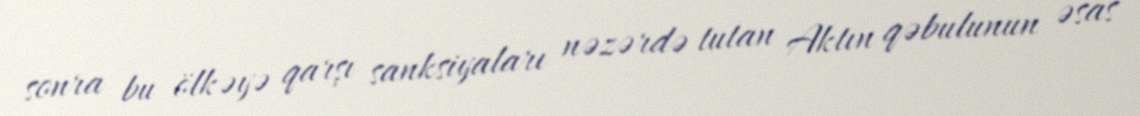
sonra bu ölkəyə qarşı sanksiyaları nəzərdə tutan Aktın qəbulunun əsas